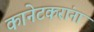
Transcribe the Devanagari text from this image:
कानेटकरांना